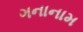
ગનાનામ